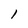
Character: l